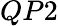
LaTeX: QP2